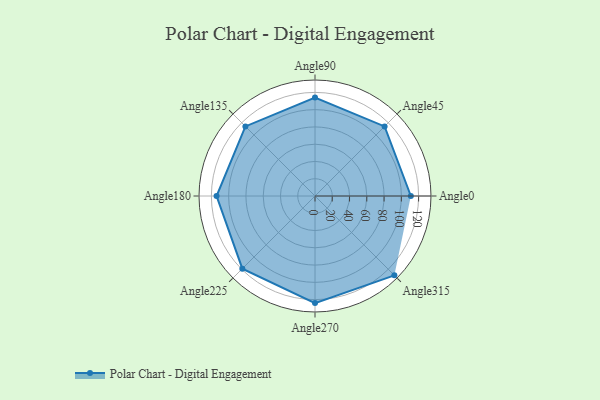
{"axis": {"x": "Angle", "y": "Radius"}, "legend": [""], "data": [{"x": "Angle0", "y": 111.0, "type": ""}, {"x": "Angle45", "y": 114.0, "type": ""}, {"x": "Angle90", "y": 114.0, "type": ""}, {"x": "Angle135", "y": 114.0, "type": ""}, {"x": "Angle180", "y": 114.0, "type": ""}, {"x": "Angle225", "y": 119.0, "type": ""}, {"x": "Angle270", "y": 124.0, "type": ""}, {"x": "Angle315", "y": 130.0, "type": ""}]}